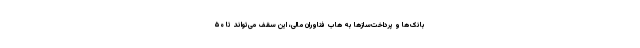
بانک‌ها و پرداخت‌ساز‌ها به هاب فناوران مالی، این سقف می‌تواند تا ۵۰